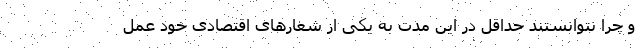
و چرا نتوانستند حداقل در این مدت به یکی از شعارهای اقتصادی خود عمل